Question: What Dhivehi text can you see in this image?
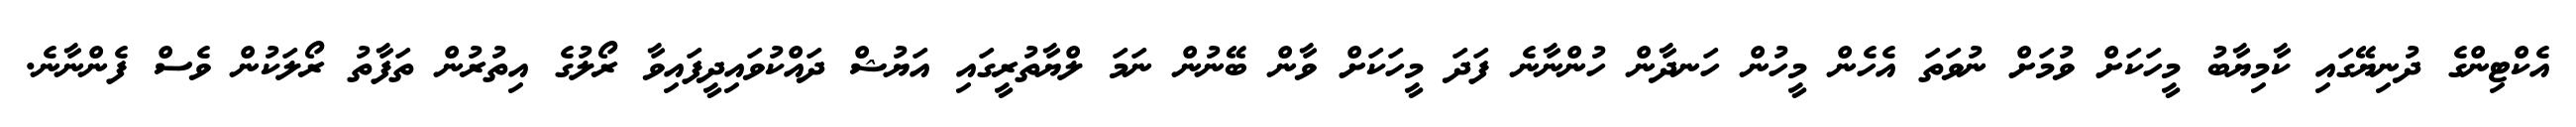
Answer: އެކްޓިންގެ ދުނިޔޭގައި ކާމިޔާބު މީހަކަށް ވުމަށް ނުވަތަ އެހެން މީހުން ހަނދާން ހުންނާނެ ފަދަ މީހަކަށް ވާން ބޭނުން ނަމަ ލްޔާތުރީގައި އަޔުޝް ދައްކުވައިދީފައިވާ ރޯލުގެ އިތުރުން ތަފާތު ރޯލަކުން ވެސް ފެންނާނެ.